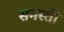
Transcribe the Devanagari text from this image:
समस्ती